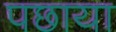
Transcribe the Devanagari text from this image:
पछाया